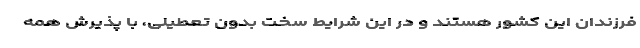
فرزندان این کشور هستند و در این شرایط سخت بدون تعطیلی، با پذیرش همه